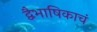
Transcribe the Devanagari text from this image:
द्वैभाषिकाचं